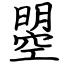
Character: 曌